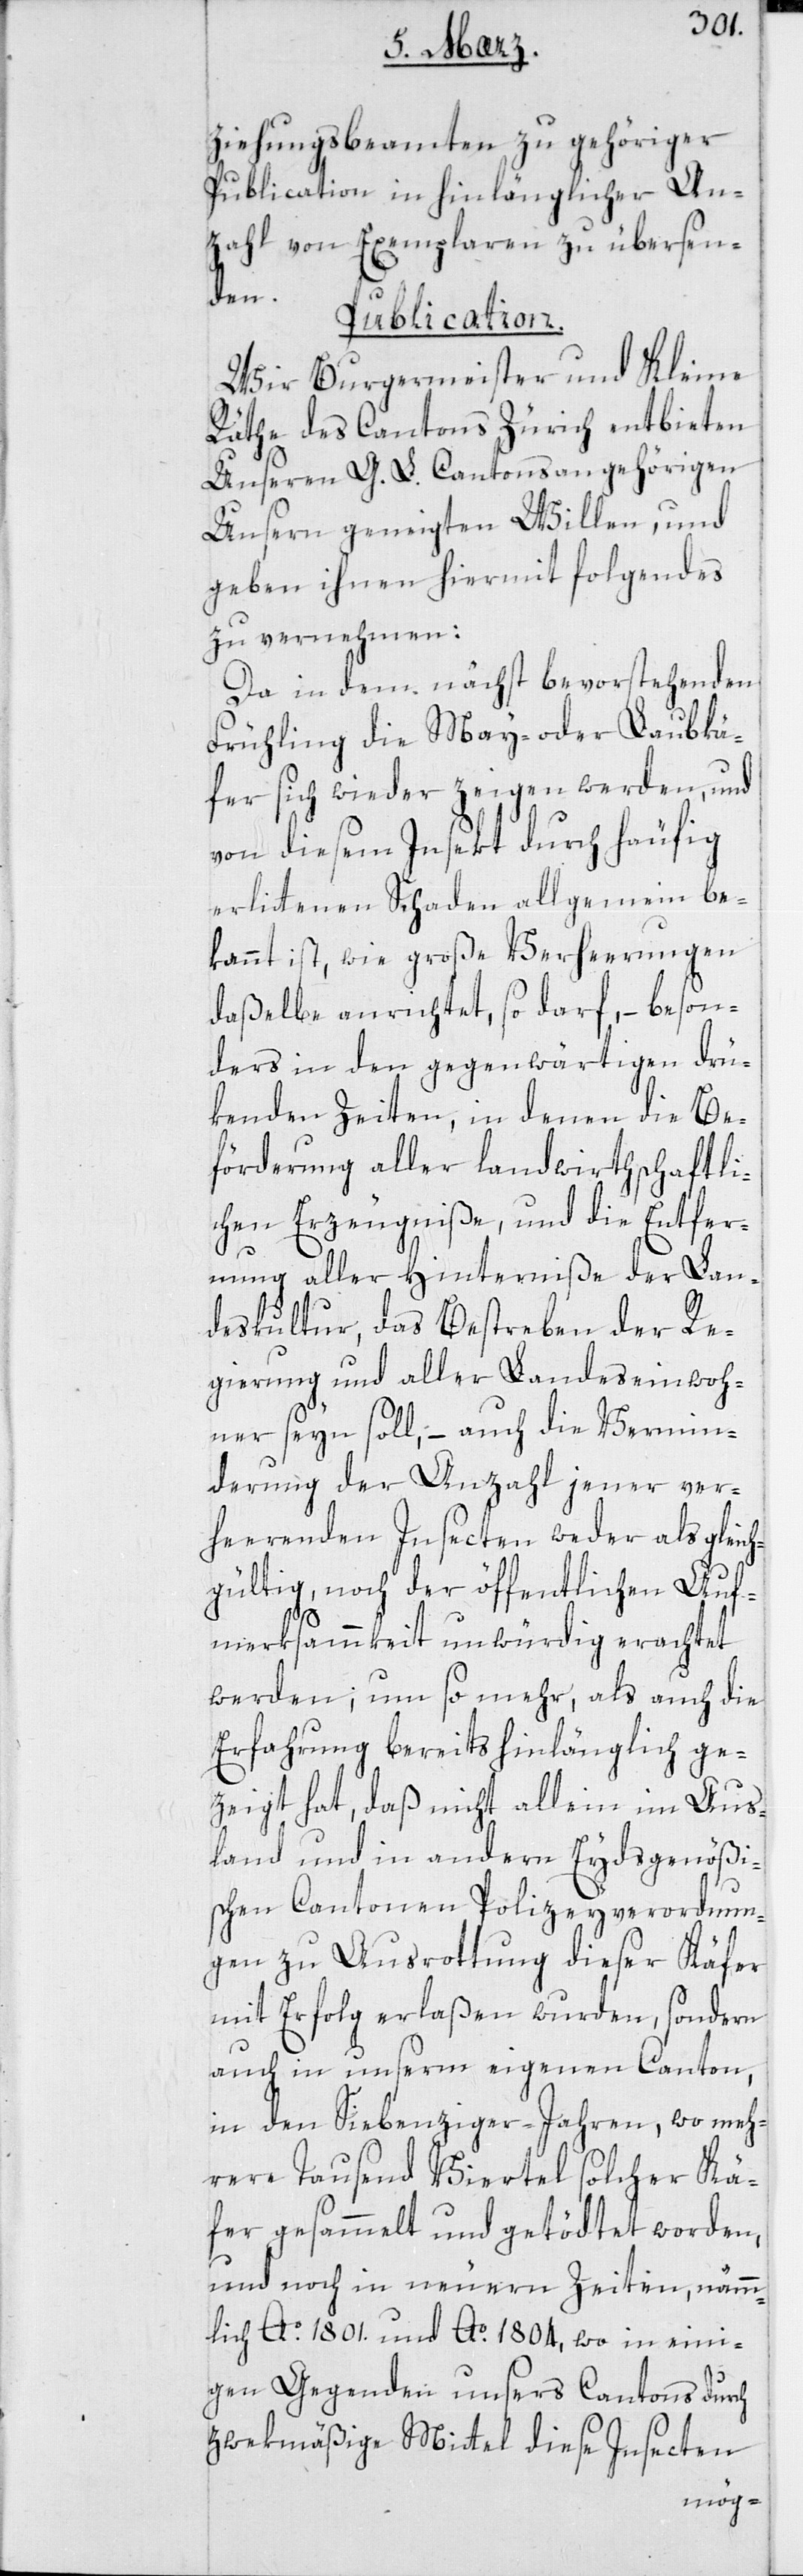
ziehungsbeamten zu gehöriger
Publication in hinlänglicher An¬
zahl von Exemplaren zu übersen¬
den.
Publication.
Wir Burgermeister und Kleine
Räthe des Cantons Zürich entbieten
unseren G. L. Cantonsangehörigen
Unsern geneigten Willen, und
geben ihnen hiermit Folgendes
zu vernehmen:
Da in dem nächst bevorstehenden
Frühling die May- oder Laubkä¬
fer sich wieder zeigen werden, und
von diesem Insekt durch häufig
erlittenen Schaden allgemein be¬
kannt ist, wie große Verheerungen
daßelbe anrichtet, so darf, – beson¬
ders in den gegenwärtigen drü¬
kenden Zeiten, in denen die Be¬
förderung aller landwirthschaftli¬
chen Erzeugniße, und die Entfer¬
nung aller Hinterniße der Lan¬
deskultur, das Bestreben der Re¬
gierung und aller Landeseinwoh¬
ner seyn soll, – auch die Vermin¬
derung der Anzahl jener ver¬
heerenden Insecten weder als gleich¬
gültig, noch der öffentlichen Auf¬
merksammkeit unwürdig erachtet
werden; um so mehr, als auch die
Erfahrung bereits hinlänglich ge¬
zeigt hat, daß nicht allein im Aus¬
land und in andern Eydsgenößi¬
schen Cantonen Polizeyverordnun¬
gen zu Ausrottung dieser Käfer
mit Erfolg erlaßen wurden, sondern
auch in unserm eigenen Canton,
in den Siebenziger-Jahren, wo meh¬
rere tausend Viertel solcher Kä¬
fer gesammelt und getödtet worden,
und noch in neueren Zeiten, nämm¬
lich Ao. 1801. und Ao. 1804, wo in eini¬
gen Gegenden unsers Cantons durch
zwekmäßige Mittel diese Insecten